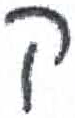
אות: ק